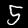
Digit: 5